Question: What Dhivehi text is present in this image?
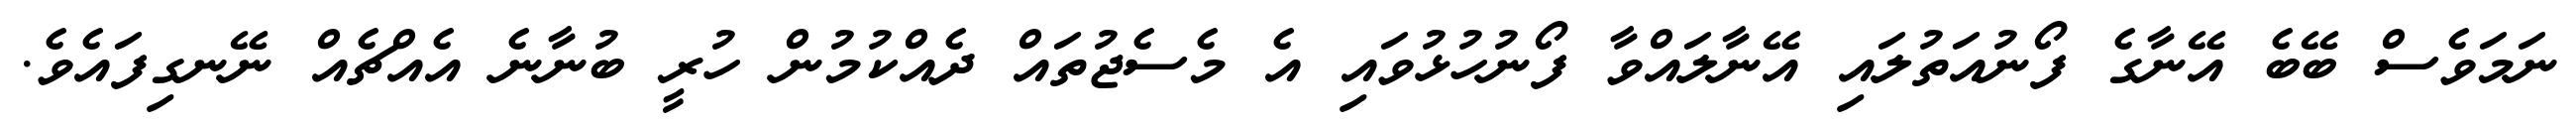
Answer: ނަމަވެސް ބޭބެ އޭނާގެ ފޯނުއަތުލައި އޭނާލައްވާ ފޯނުހުޅުވައި އެ މެސެޖުތައް ދެއްކުމުން ހުރީ ބުނާނެ އެއްޗެއް ނޭނގިފައެވެ.